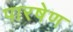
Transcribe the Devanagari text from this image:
पारषेण